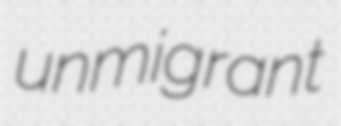
unmigrant